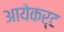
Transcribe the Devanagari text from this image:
आयेकर्ट